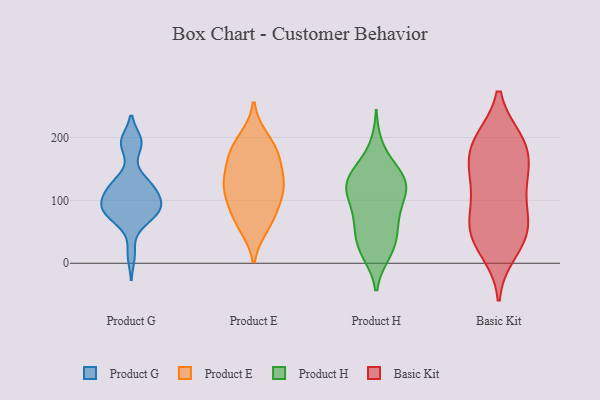
{"axis": {"x": "Backlog", "y": "Value"}, "legend": ["Basic Kit", "Product E", "Product G", "Product H"], "data": [{"x": "", "y": 78, "type": "Product G"}, {"x": "", "y": 123, "type": "Product G"}, {"x": "", "y": 126, "type": "Product G"}, {"x": "", "y": 129, "type": "Product G"}, {"x": "", "y": 194, "type": "Product G"}, {"x": "", "y": 123, "type": "Product G"}, {"x": "", "y": 188, "type": "Product G"}, {"x": "", "y": 82, "type": "Product G"}, {"x": "", "y": 91, "type": "Product G"}, {"x": "", "y": 70, "type": "Product G"}, {"x": "", "y": 95, "type": "Product G"}, {"x": "", "y": 96, "type": "Product G"}, {"x": "", "y": 106, "type": "Product G"}, {"x": "", "y": 14, "type": "Product G"}, {"x": "", "y": 94, "type": "Product G"}, {"x": "", "y": 72, "type": "Product G"}, {"x": "", "y": 193, "type": "Product G"}, {"x": "", "y": 60, "type": "Product E"}, {"x": "", "y": 123, "type": "Product E"}, {"x": "", "y": 179, "type": "Product E"}, {"x": "", "y": 68, "type": "Product E"}, {"x": "", "y": 147, "type": "Product E"}, {"x": "", "y": 181, "type": "Product E"}, {"x": "", "y": 197, "type": "Product E"}, {"x": "", "y": 120, "type": "Product E"}, {"x": "", "y": 116, "type": "Product E"}, {"x": "", "y": 113, "type": "Product E"}, {"x": "", "y": 79, "type": "Product E"}, {"x": "", "y": 161, "type": "Product E"}, {"x": "", "y": 146, "type": "Product H"}, {"x": "", "y": 112, "type": "Product H"}, {"x": "", "y": 108, "type": "Product H"}, {"x": "", "y": 136, "type": "Product H"}, {"x": "", "y": 141, "type": "Product H"}, {"x": "", "y": 15, "type": "Product H"}, {"x": "", "y": 131, "type": "Product H"}, {"x": "", "y": 36, "type": "Product H"}, {"x": "", "y": 126, "type": "Product H"}, {"x": "", "y": 60, "type": "Product H"}, {"x": "", "y": 145, "type": "Product H"}, {"x": "", "y": 117, "type": "Product H"}, {"x": "", "y": 89, "type": "Product H"}, {"x": "", "y": 46, "type": "Product H"}, {"x": "", "y": 75, "type": "Product H"}, {"x": "", "y": 16, "type": "Product H"}, {"x": "", "y": 23, "type": "Product H"}, {"x": "", "y": 186, "type": "Product H"}, {"x": "", "y": 62, "type": "Product H"}, {"x": "", "y": 104, "type": "Product H"}, {"x": "", "y": 191, "type": "Basic Kit"}, {"x": "", "y": 195, "type": "Basic Kit"}, {"x": "", "y": 61, "type": "Basic Kit"}, {"x": "", "y": 152, "type": "Basic Kit"}, {"x": "", "y": 19, "type": "Basic Kit"}, {"x": "", "y": 89, "type": "Basic Kit"}, {"x": "", "y": 193, "type": "Basic Kit"}, {"x": "", "y": 48, "type": "Basic Kit"}, {"x": "", "y": 45, "type": "Basic Kit"}, {"x": "", "y": 124, "type": "Basic Kit"}, {"x": "", "y": 39, "type": "Basic Kit"}, {"x": "", "y": 139, "type": "Basic Kit"}, {"x": "", "y": 79, "type": "Basic Kit"}, {"x": "", "y": 190, "type": "Basic Kit"}, {"x": "", "y": 147, "type": "Basic Kit"}]}